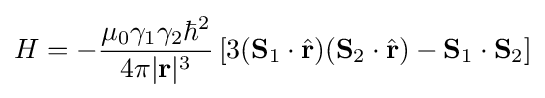
H=-{\frac {\mu _{0}\gamma _{1}\gamma _{2}\hbar ^{2}}{4\pi |\mathbf {r} |^{3}}}\left[3(\mathbf {S} _{1}\cdot {\hat {\mathbf {r} }})(\mathbf {S} _{2}\cdot {\hat {\mathbf {r} }})-\mathbf {S} _{1}\cdot \mathbf {S} _{2}\right]